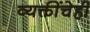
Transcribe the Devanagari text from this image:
व्यक्तींचेही